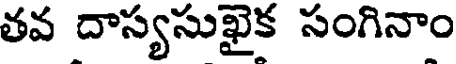
తవ దాస్యసుఖైక సంగినాం